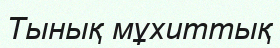
Тынық мұхиттық